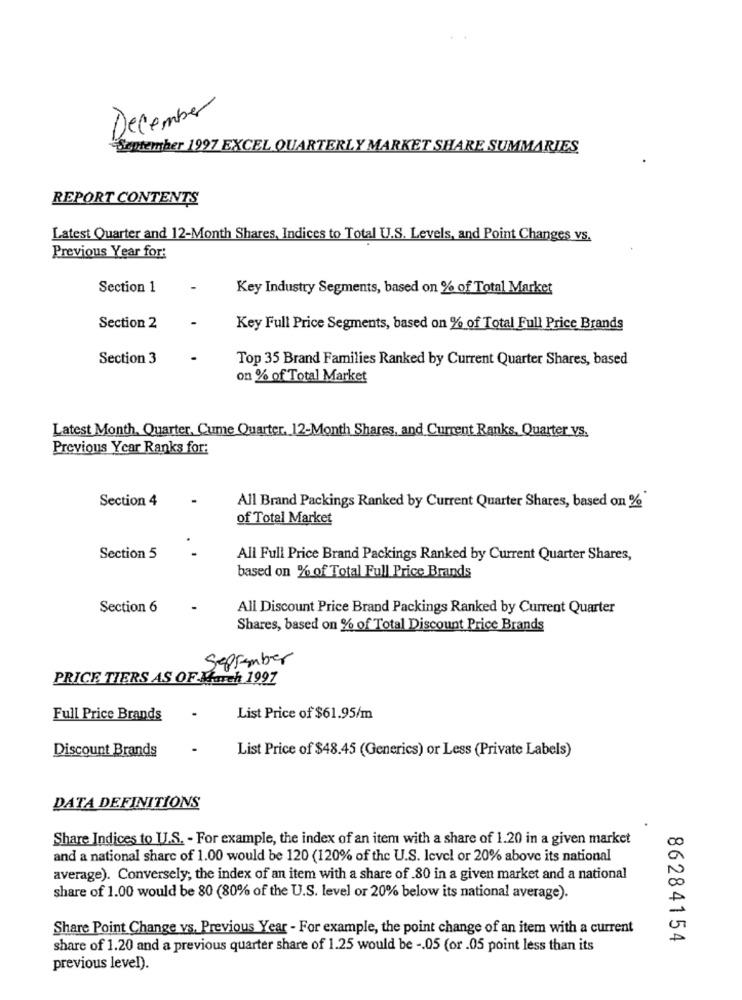
December
September 1997 EXCEL QUARTERLY MARKET SHARE SUMMARIES
REPORT CONTENTS
Latest Quarter and 12-Month Shares, Indices to Total U.S. Levels, and Point Changes vs.
Previous Year for:
Section 1
Key Industry Segments, based on % of Total Market
Section 2
Key Full Price Segments, based on % of Total Full Price Brands
Section 3
Top 35 Brand Families Ranked by Current Quarter Shares, based
on % of Total Market
Latest Month, Quarter, Cume Quarter, 12-Month Shares, and Current Ranks, Quarter VS.
Previous Year Ranks for:
Section 4
All Brand Packings Ranked by Current Quarter Shares, based on %
of Total Market
Section 5
All Full Price Brand Packings Ranked by Current Quarter Shares,
based on % of Total Full Price Brands
Section 6
All Discount Price Brand Packings Ranked by Current Quarter
Shares, based on % of Total Discount Price Brands
September
PRICE TIERS AS OF March 1997
Full Price Brands
List Price of $61.95/m
Discount Brands
List Price of $48.45 (Generics) or Less (Private Labels)
DATA DEFINITIONS
Share Indices to U.S. - For example, the index of an item with a share of 1.20 in a given market
and a national share of 1.00 would be 120 (120% of the U.S. Icvel or 20% above its national
average). Conversely; the index of an item with a share of 80 in a given market and a national
share of 1.00 would be 80 (80% of the U.S. level or 20% below its national average).
Share Point Change vs. Previous Year - For example, the point change of an item with a current
86284154
share of 1.20 and a previous quarter share of 1.25 would be -. 05 (or .05 point less than its
previous level).